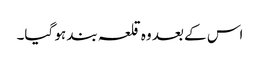
اس کے بعد وہ قلعہ بند ہو گیا۔